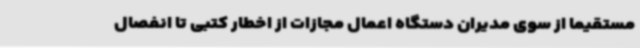
مستقیما از سوی مدیران دستگاه اعمال مجازات از اخطار کتبی تا انفصال